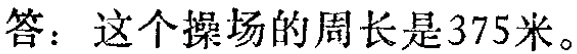
答：这个操场的周长是375米。